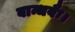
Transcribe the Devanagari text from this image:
बान्धवैः।